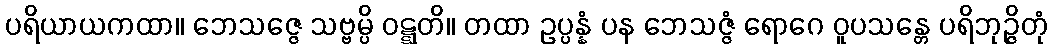
ပရိယာယကထာ။ ဘေသဇ္ဇေ သဗ္ဗမ္ပိ ဝဋ္ဋတိ။ တထာ ဥပ္ပန္နံ ပန ဘေသဇ္ဇံ ရောဂေ ဝူပသန္တေ ပရိဘုဉ္ဇိတုံ